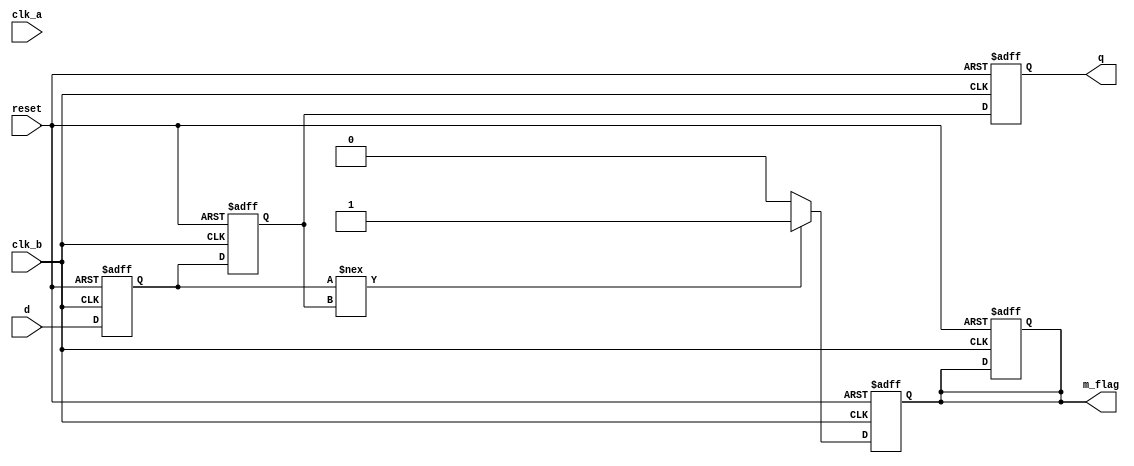
module cdc_detector (
    input wire         clk_a,        // Clock signal of source domain
    input wire         clk_b,        // Clock signal of destination domain
    input wire         reset,        // Asynchronous reset
    input wire         d,            // Data signal to be monitored
    output reg         m_flag,       // Metastability flag
    output reg         q             // Synchronized output
);

    reg d_ff1; // First flip-flop output
    reg d_ff2; // Second flip-flop output

    // Sampling the data signal (D) in the destination clock domain (CLK_B)
    always @(posedge clk_b or posedge reset) begin
        if (reset) begin
            d_ff1 <= 1'b0;
            d_ff2 <= 1'b0;
            m_flag <= 1'b0;
            q <= 1'b0;
        end else begin
            d_ff1 <= d;           // Sample D on CLK_B
            d_ff2 <= d_ff1;      // Chain to second flip-flop
            q <= d_ff2;          // Synchronized output
        end
    end

    // Metastability detection logic
    always @(posedge clk_b or posedge reset) begin
        if (reset) begin
            m_flag <= 1'b0;
        end else begin
            // Detect when FF1 changes while CLK_B is active
            if (d_ff1 !== d_ff2) begin
                // Potential metastability detected
                m_flag <= 1'b1;
            end else begin
                m_flag <= 1'b0; // Clear metastability flag if stable
            end
        end
    end

endmodule